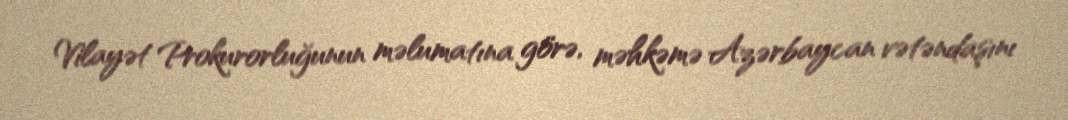
Vilayət Prokurorluğunun məlumatına görə, məhkəmə Azərbaycan vətəndaşını